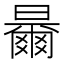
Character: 𣍓